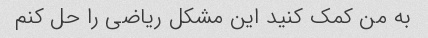
به من کمک کنید این مشکل ریاضی را حل کنم